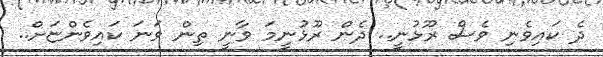
ދެ ކައިވެނި ވެސް ރޫޅުނީ.. ދެން ރޫޅުނީމަ ވާނީ ތިން ވަނަ ކައިވެންޏަށް..